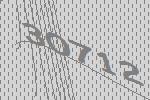
30712